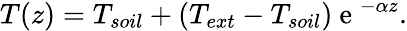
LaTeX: T(z)=T_{soil}+\left(T_{ext}-T_{soil}\right)\mathrm{~e~}^{-\alpha z}.